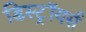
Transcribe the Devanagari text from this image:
डिस्ट्रॉयर्स